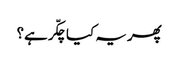
پھر یہ کیا چکّر ہے؟